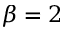
\beta = 2